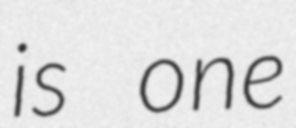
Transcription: is one